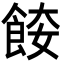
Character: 𩛌